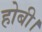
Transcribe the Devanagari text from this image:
होबी।